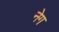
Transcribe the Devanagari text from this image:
नेग